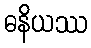
ဓနိယဿ